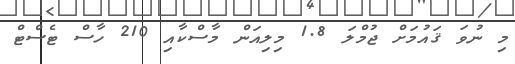
މި ނުވަ ޤައުމަށް ޖުމްލަ 1.8 މިލިއަން މާސްކާއި 210 ހާސް ޓެސްޓް